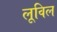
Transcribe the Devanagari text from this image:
लूविल